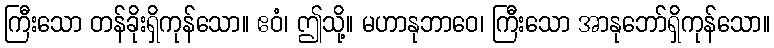
ကြီးသော တန်ခိုးရှိကုန်သော။ ဧဝံ၊ ဤသို့။ မဟာနုဘာဝေ၊ ကြီးသော အာနုဘော်ရှိကုန်သော။